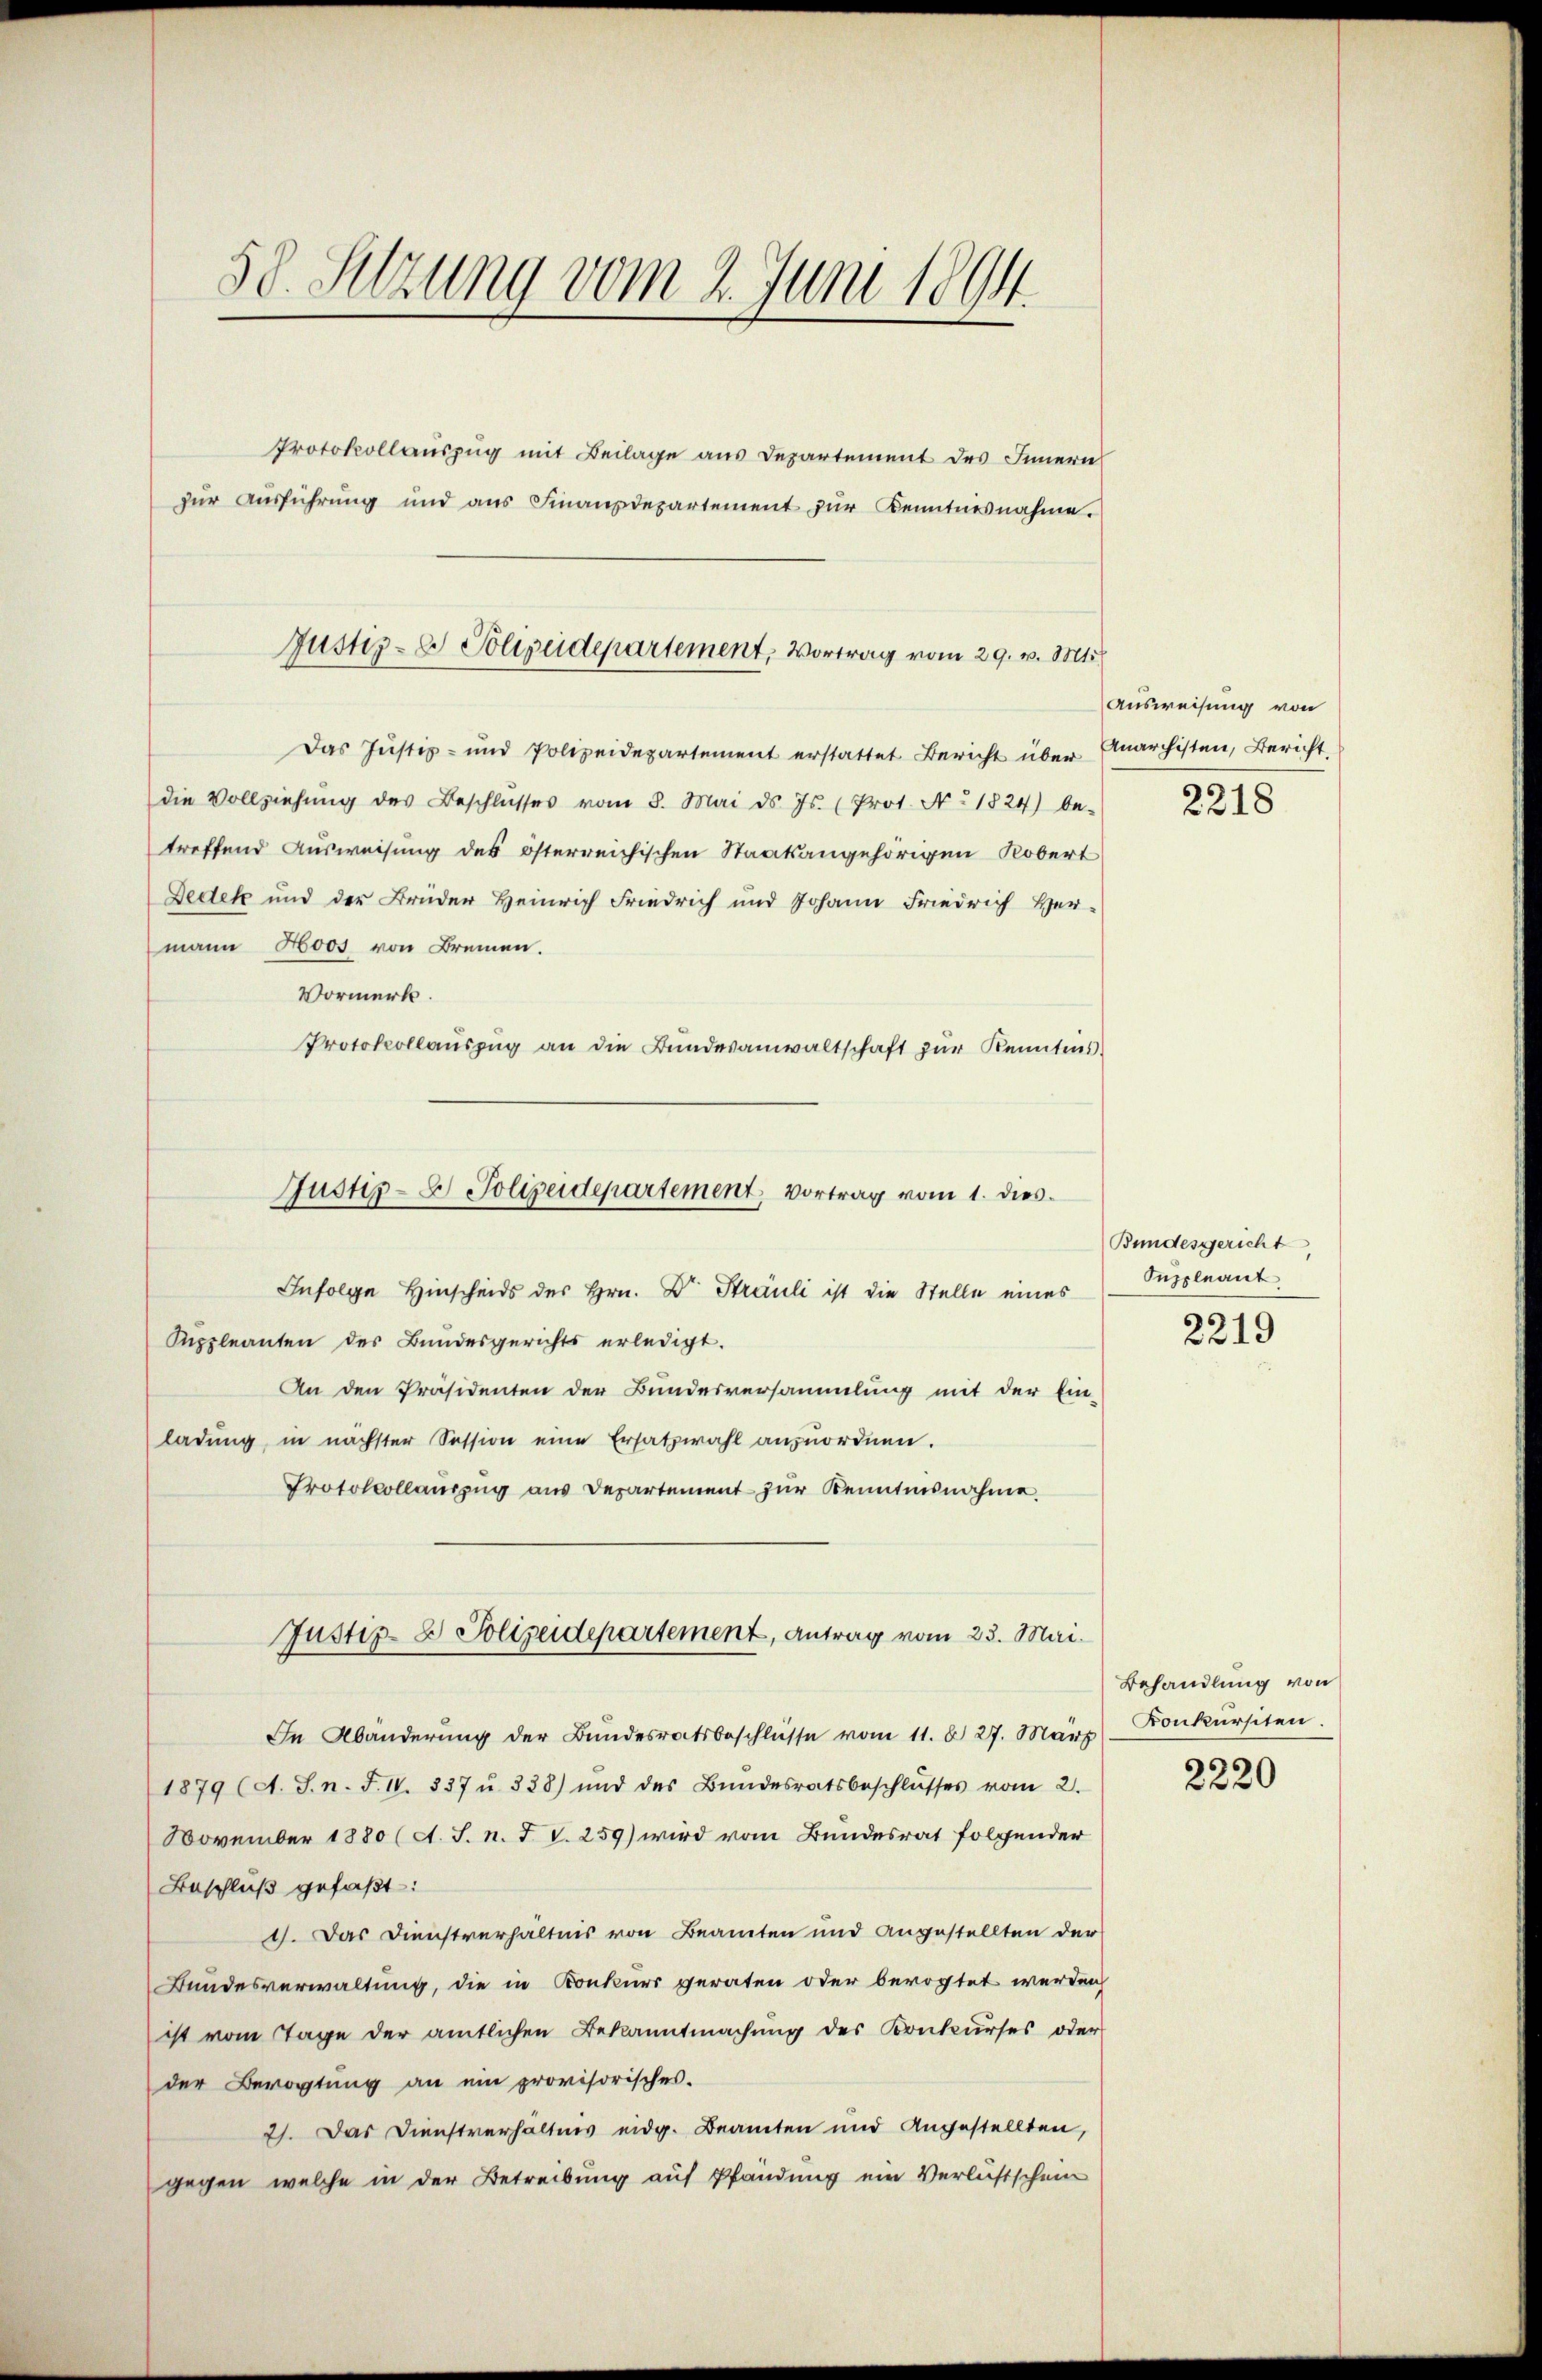
58. Sitzung vom 2. Juni 1894.

Protokollauszug mit Beilage aus Departement des Innern
zŭr Aŭsführung und ans Finanzdepartement zŭr Kenntnisnahme.

Justiz- & Polizeidepartement, Vortrag vom 29. v. Mts

Justiz- & Polizeidepartement, Vortrag vom 1. dies

Das Justiz- und Polizeidepartement erstattet Bericht über Anarchisten, Bericht,
die Vollziehŭng des Beschlŭsses vom 8. Mai d. Js. (Prot. No. 1824) be-
treffend Ausweisung des österreichischen Staatsangehörigen Kobert
Bedek und der Brüder Heinrich Friedrich und Johann Friedrich Her-
mann Hoos von Bremen.
Vormerk.
Protokollaŭszŭg an die Bundesanwaltschaft zur Kenntnis
Infolge Hinscheids des Hrn. Dr. Strauli ist die Stelle eines
Suppleanten des Bundesgerichts erledigt.
An den Präsidenten der Bundesversammlung mit der Ein-
ladung, in nächster Session eine Ersatzwahl anzuordnen.
Protokollauszug aus Departement zur Kenntnisnahme.
Justiz- & Polizeidepartement, Antrag vom 23. Mai.
In Abänderung der Bundesratsbeschlüsse vom 11. d. 27. März
1879 (A. J. n. F. IV. 337 u. 338) und des Bŭndesratsbeschlŭsses vom 2.
November 1880 (A. S. n. F. V. 259) wird vom Bundesrat folgender
Beschluß gefaßt:
1). Das Dienstverhältnis von Beamten und angestellten der
Bundesverwaltung, die in Konkurs geraten oder bevogtet werden,
ist vom Tage der amtlichen Bekanntmachung des Konkurses oder
der Bevogtung an ein provisorisches.
2). Das Dienstverhältnis eidg. Beamten und Angestellten,
gegen welche in der Betreibung auf Pfändung ein Verlustschein

Ausweisung von
2318

Bundesgericht,
Suppleant

2219

Behandlung von
Konkursiten.

2220